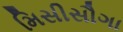
મિસીસૌગા